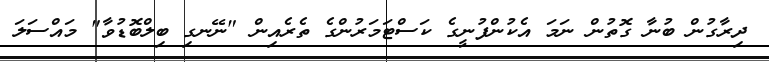
ދިރާގުން ބުނާ ގޮތުން ނަމަ އެކުންފުނީގެ ކަސްޓަމަރުންގެ ތެރެއިން "ނޭނގި ބިލްބޮޑުވާ" މައްސަލަ